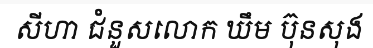
សីហា ជំនួសលោក ឃឹម ប៊ុនសុង